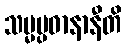
သမ္မပ္ပဓာနာနီတိ